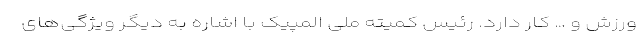
ورزش و … کار دارد. رئیس کمیته ملی المپیک با اشاره به دیگر ویژگی‌های